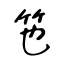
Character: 竾